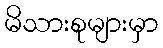
မိသားစုများမှာ